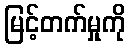
မြင့်တက်မှုကို